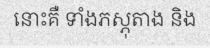
នោះគឺ ទាំងភស្ភុតាង និង